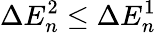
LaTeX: \Delta E_{n}^{2}\leq\Delta E_{n}^{1}